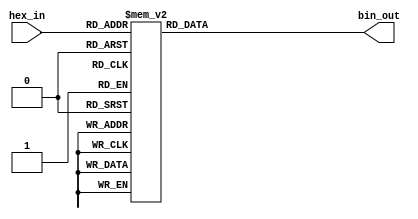
module hex_to_bin_encoder (
    input  wire [3:0] hex_in,  // 4-bit input representing the hexadecimal digit
    output reg  [3:0] bin_out   // 4-bit output representing the binary equivalent
);

// Combinational logic to convert hex_in to bin_out
always @(*) begin
    case (hex_in)
        4'b0000: bin_out = 4'b0000; // hex 0 -> bin 0
        4'b0001: bin_out = 4'b0001; // hex 1 -> bin 1
        4'b0010: bin_out = 4'b0010; // hex 2 -> bin 2
        4'b0011: bin_out = 4'b0011; // hex 3 -> bin 3
        4'b0100: bin_out = 4'b0100; // hex 4 -> bin 4
        4'b0101: bin_out = 4'b0101; // hex 5 -> bin 5
        4'b0110: bin_out = 4'b0110; // hex 6 -> bin 6
        4'b0111: bin_out = 4'b0111; // hex 7 -> bin 7
        4'b1000: bin_out = 4'b1000; // hex 8 -> bin 8
        4'b1001: bin_out = 4'b1001; // hex 9 -> bin 9
        4'b1010: bin_out = 4'b1010; // hex A -> bin 10
        4'b1011: bin_out = 4'b1011; // hex B -> bin 11
        4'b1100: bin_out = 4'b1100; // hex C -> bin 12
        4'b1101: bin_out = 4'b1101; // hex D -> bin 13
        4'b1110: bin_out = 4'b1110; // hex E -> bin 14
        4'b1111: bin_out = 4'b1111; // hex F -> bin 15
        default: bin_out = 4'b0000; // Invalid input case
    endcase
end

endmodule